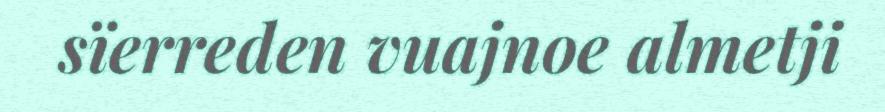
sïerreden vuajnoe almetji